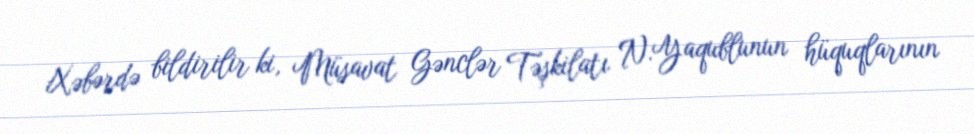
Xəbərdə bildirilir ki, Müsavat Gənclər Təşkilatı N.Yaqublunun hüquqlarının